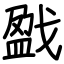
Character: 戤